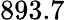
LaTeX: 893.7